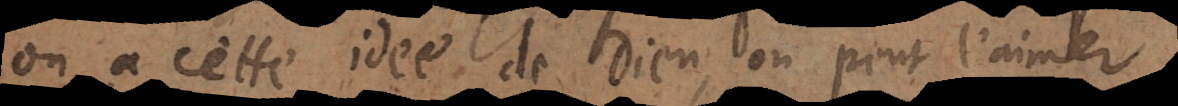
on a cette idée de Dieu, on peut l’aimer